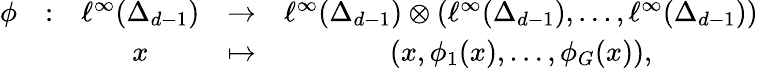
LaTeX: \begin{array}{ccccc}{\phi}&{:}&{\ell^{\infty}(\Delta_{d-1})}&{\to}&{\ell^{\infty}(\Delta_{d-1})\otimes(\ell^{\infty}(\Delta_{d-1}),\dots,\ell^{\infty}(\Delta_{d-1}))}\\ &&{x}&{\mapsto}&{(x,\phi_{1}(x),\dots,\phi_{G}(x)),}\end{array}